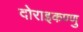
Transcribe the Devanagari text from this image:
दोराइकण्णु